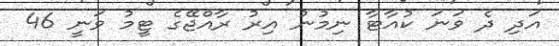
އަދި ދެ ވަނަ ކުއާޓާ ނިމުނު އިރު ރާއްޖޭގެ ޓީމު ވަނީ 46